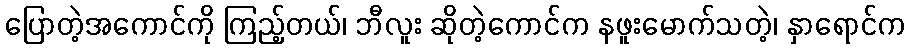
ပြောတဲ့အကောင်ကို ကြည့်တယ်၊ ဘီလူး ဆိုတဲ့ကောင်က နဖူးမောက်သတဲ့၊ နှာရောင်က